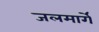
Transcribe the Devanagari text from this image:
जलमार्गे